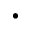
\cdot